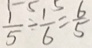
\frac { 1 } { 5 } - \frac { 1 } { 6 } = \frac { 6 } { 5 }